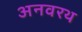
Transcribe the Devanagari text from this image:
अनवरथ